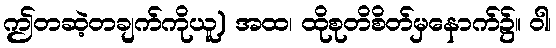
ဤတဆဲ့တချက်ကိုယူ) အထ၊ ထိုစုတိစိတ်မှနောက်၌။ ဝါ၊